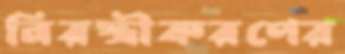
নিরস্ত্রীকরণের